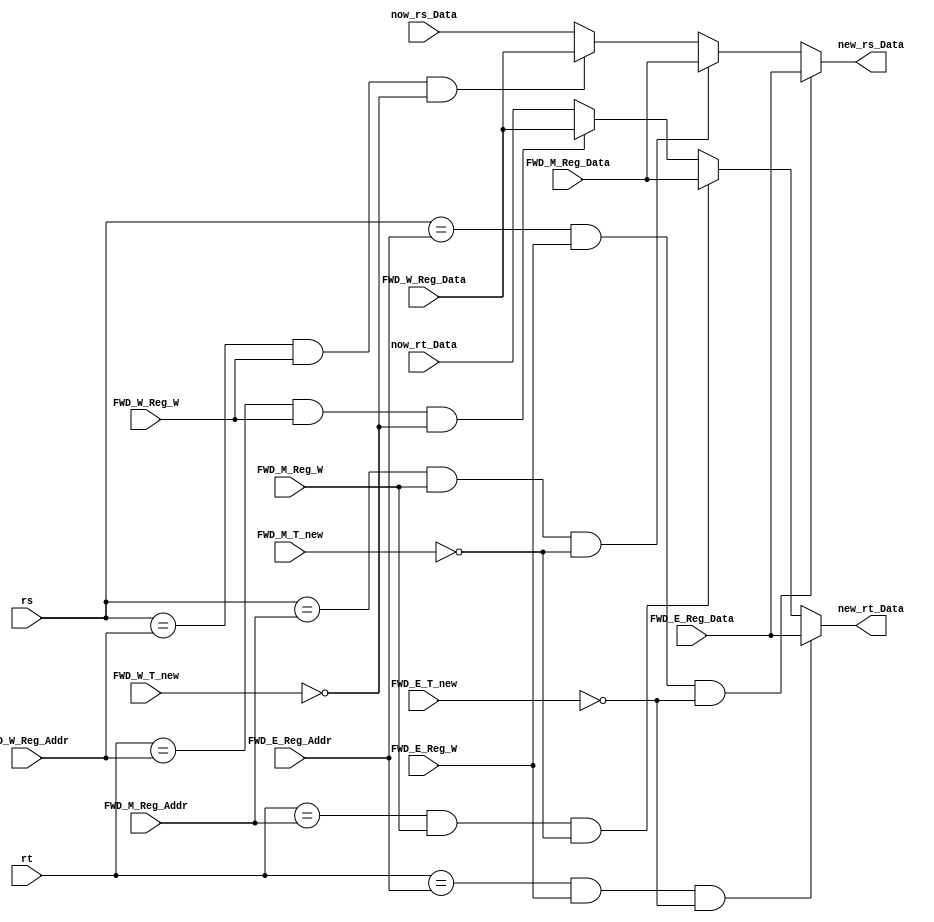
`timescale 1ns / 1ps
//////////////////////////////////////////////////////////////////////////////////
// Company: 
// Engineer: 
// 
// Design Name: 
// Module Name:    ReceiveFWD 
// Project Name: 
// Target Devices: 
// Tool versions: 
// Description: 
//
// Dependencies: 
//
// Revision: 
// Revision 0.01 - File Created
// Additional Comments: 
//
//////////////////////////////////////////////////////////////////////////////////
module ReceiveFWD(
    input [4:0]     rs,
    input [31:0]    now_rs_Data,
    input [4:0]     rt,
    input [31:0]    now_rt_Data,

    input [4:0]     FWD_E_Reg_Addr,
    input [31:0]    FWD_E_Reg_Data,
    input [2:0]     FWD_E_T_new,
    input           FWD_E_Reg_W,

    input [4:0]     FWD_M_Reg_Addr,
    input [31:0]    FWD_M_Reg_Data,
    input [2:0]     FWD_M_T_new,
    input           FWD_M_Reg_W,

    input [4:0]     FWD_W_Reg_Addr,
    input [31:0]    FWD_W_Reg_Data,
    input [2:0]     FWD_W_T_new,
    input           FWD_W_Reg_W,

    output reg [31:0] new_rs_Data,
    output reg [31:0] new_rt_Data
    );

    always @(*) begin

        if(rs == FWD_E_Reg_Addr && FWD_E_Reg_W && FWD_E_T_new == 3'b000) begin
            new_rs_Data <= FWD_E_Reg_Data;
        end
        else if(rs == FWD_M_Reg_Addr && FWD_M_Reg_W && FWD_M_T_new == 3'b000) begin
            new_rs_Data <= FWD_M_Reg_Data;
        end
        else if(rs == FWD_W_Reg_Addr && FWD_W_Reg_W && FWD_W_T_new == 3'b000) begin
            new_rs_Data <= FWD_W_Reg_Data;
        end
        else begin
            new_rs_Data <= now_rs_Data;
        end

        if(rt == FWD_E_Reg_Addr && FWD_E_Reg_W && FWD_E_T_new == 3'b000) begin
            new_rt_Data <= FWD_E_Reg_Data;
        end
        else if(rt == FWD_M_Reg_Addr && FWD_M_Reg_W && FWD_M_T_new == 3'b000) begin
            new_rt_Data <= FWD_M_Reg_Data;
        end
        else if(rt == FWD_W_Reg_Addr && FWD_W_Reg_W && FWD_W_T_new == 3'b000) begin
            new_rt_Data <= FWD_W_Reg_Data;
        end
        else begin
            new_rt_Data <= now_rt_Data;
        end
    end

endmodule